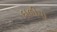
દાળીયા